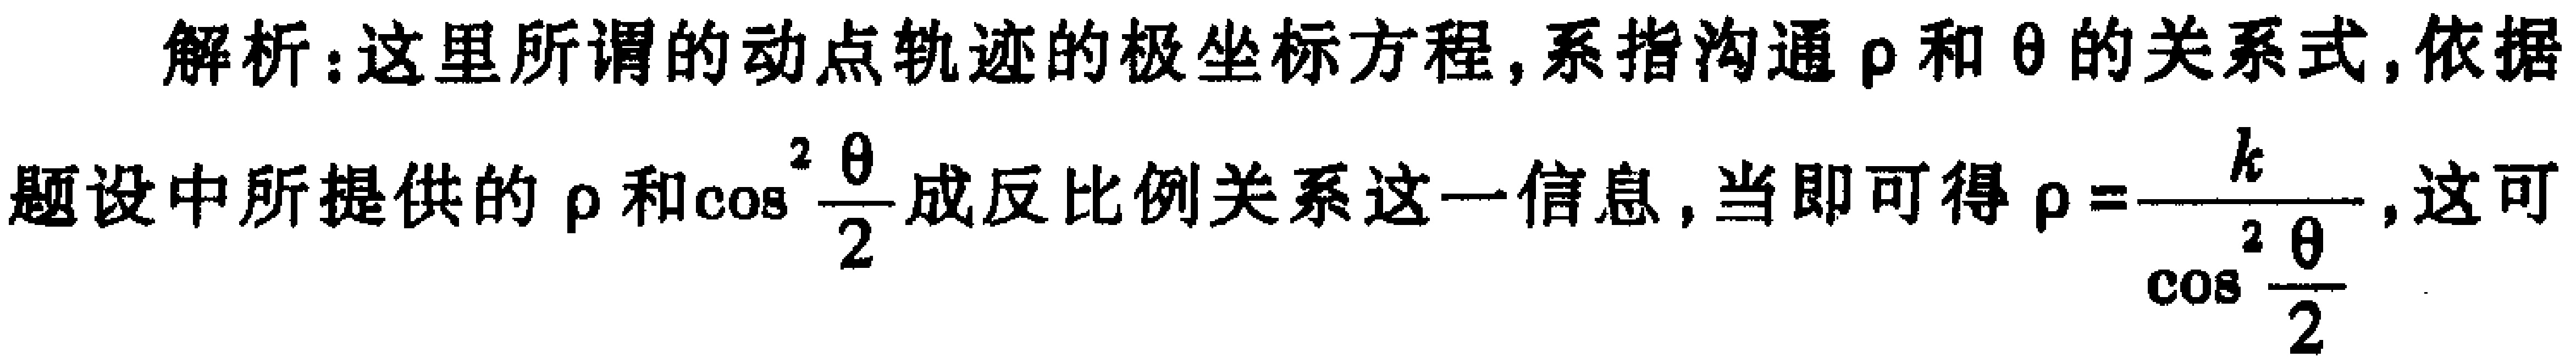
解析：这里所谓的动点轨迹的极坐标方程, 系指沟通$\rho$和$\theta$的关系式, 依据题设中所提供的$\rho$和$\cos^{2}\frac{\theta}{2}$成反比例关系这一信息, 当即可得$\rho = \frac{k}{\cos^{2}\frac{\theta}{2}}$.